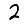
Digit: 2